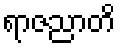
ရာဇညာတိ